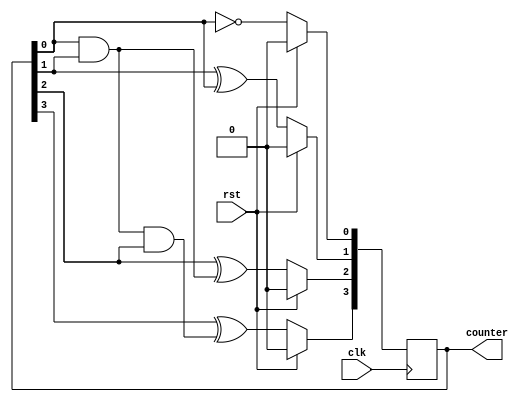
module four_bit_counter(clk, rst, counter);
	input clk, rst;
	output reg [3:0] counter;
	wire intermediate_1, intermediate_2;
	
	assign intermediate_1 = counter[0] & counter[1];
	assign intermediate_2 = intermediate_1 & counter[2];
	
	always @(posedge clk) begin
		if(rst) begin
			counter[0] <= 1'b0;
			counter[1] <= 1'b0;
			counter[2] <= 1'b0;
			counter[3] <= 1'b0;
		end
		else begin 
			counter[0] <= ~ counter[0];
			counter[1] <= counter[1] ^ counter[0];
			counter[2] <= counter[2] ^ intermediate_1;
			counter[3] <= counter[3] ^ intermediate_2;
		end
	end
endmodule